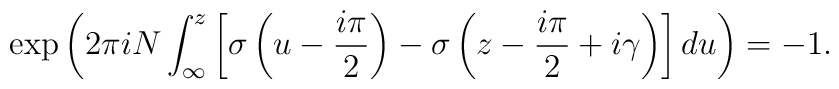
\exp\left(2\pi i N \int_{\infty}^{z} \left[\sigma\left(u-\frac{i\pi}{2}\right)-\sigma\left(z-\frac{i\pi}{2}+i\gamma\right)\right] du\right) = -1.